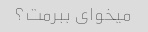
میخوای ببرمت؟